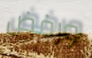
ورفض